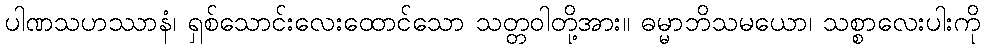
ပါဏသဟဿာနံ၊ ရှစ်သောင်းလေးထောင်သော သတ္တဝါတို့အား။ ဓမ္မာဘိသမယော၊ သစ္စာလေးပါးကို